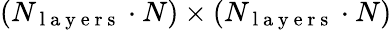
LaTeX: (N_{\mathrm{~l~a~y~e~r~s~}}\cdot N)\times(N_{\mathrm{~l~a~y~e~r~s~}}\cdot N)